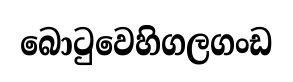
බොටුවෙහිගලගංඩ